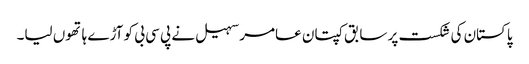
پاکستان کی شکست پر سابق کپتان عامر سہیل نے پی سی بی کو آڑے ہاتھوں لیا۔